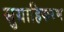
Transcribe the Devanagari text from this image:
सुग्राहिकरण